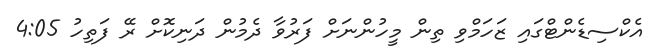
އެކްސިޑެންޓްގައި ޒަހަމްވި ތިން މީހުންނަށް ފަރުވާ ދެމުން ދަނިކޮށް ރޭ ފަތިހު 4:05